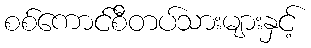
စစ်ကောင်စီတပ်သားများနှင့်